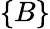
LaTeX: \{ B\}